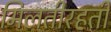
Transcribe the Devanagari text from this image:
मिलतीरहती